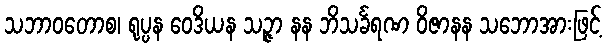
သဘာဝတောစ၊ ရုပ္ပန ဝေဒိယန သဉ္ဇာ နန ဘိသင်္ခရဏ ဝိဇာနန သဘောအားဖြင့်